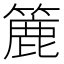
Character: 簏